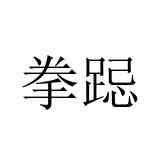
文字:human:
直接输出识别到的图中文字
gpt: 拳跽